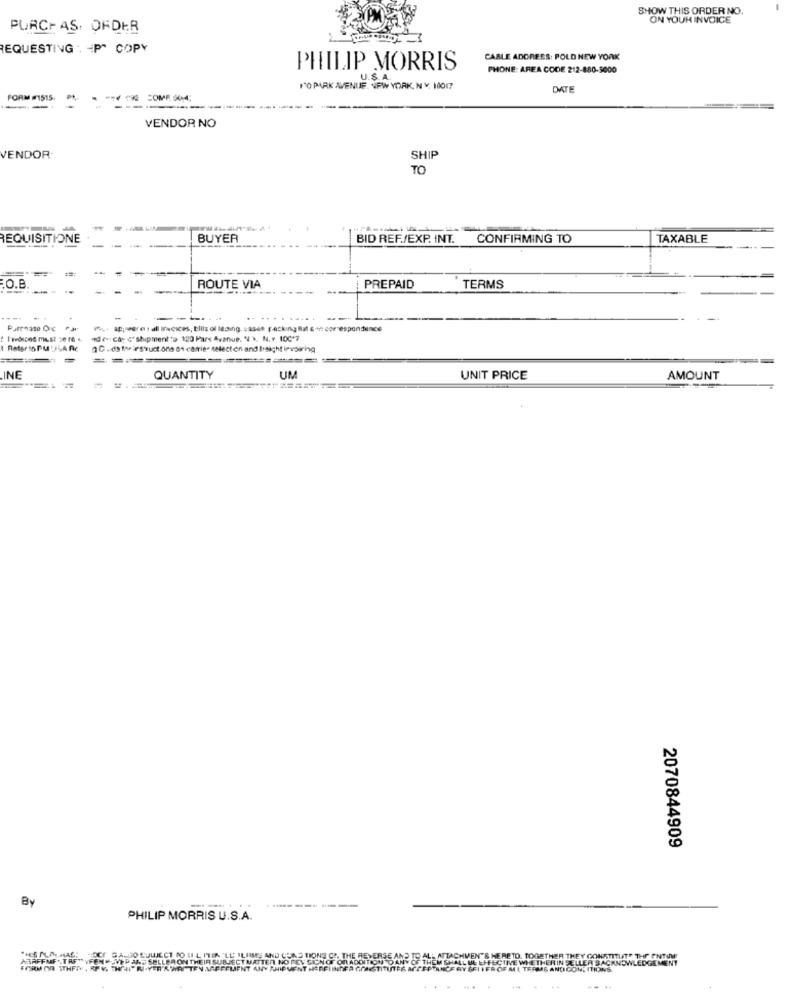
SHOW THIS ORDER NO.
ON YOUR INVOICE
PURCHASE OFDER
REQUESTING . - P" COPY
CABLE ADDRESS: POLD NEW YORK
PHILIP MORRIS
PHONE: AREA CODE 212-880-9000
NO PARK AVENUE. NEW YORK, NY, 10017
DATE
FORM #1515:
COME 504;
-
VENDOR NO
VENDOR
SHIP
TO
EQUISITIONE
BUYER
BID REF./EXP. INT. CONFIRMING TO
TAXABLE
-
.O.B.
ROUTE VIA
PREPAID
TERMS
Putenaso Orc
Idea; < shipment to 120 Pars Avenue, N \, N. v.100*F
1 Rater to Pu JLARc
OG . ds the irstuct ons on carrie. AMecton and Insight invoicing
INE
QUANTITY
UM
UNIT PRICE
AMOUNT
2070844909
By
--
..
-------
PHILIP MORRIS U.S.A.
ARFFF \TREOVFEN
E AND TO ALL ATTACHMEN
DANY OF THEM SHALL BE
TO. TOGETHER THEY CONSTITUIT" THE PINTUME
E WHETHER IN SELLER SACKNOWLEDGEMENT
FORM OR ITHFTY, RP V.
AL TERMS AND CONDITIONS